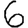
Digit: 6